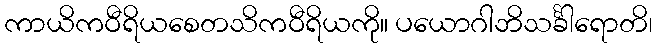
ကာယိကဝီရိယစေတသိကဝီရိယကို။ ပယောဂါဘိသင်္ခါရောတိ၊